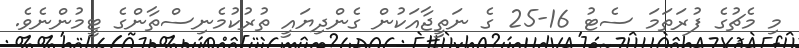
މި މެޗުގެ ފުރަތަމަ ސެޓު 16-25 ގެ ނަތީޖާއަކުން ގެންދިޔައީ ތުރުކުމެނިސްތާންގެ ޓީމުންނެވެ.